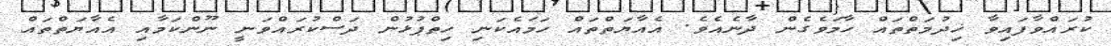
ކުރައްވާފައިވާ ޚިދުމަތްތައް ހާމަވެގެން ދާނެއެވެ. އެއާޔަތްތައް ހަމައެކަނި ހިތްޕުޅުން ދަސްކުރައްވަނީ ނޫންކަމާއި އެއާޔަތްތައް